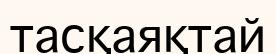
тасқаяқтай